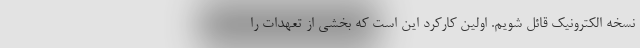
نسخه الکترونیک قائل شویم. اولین کارکرد این است که بخشی از تعهدات را